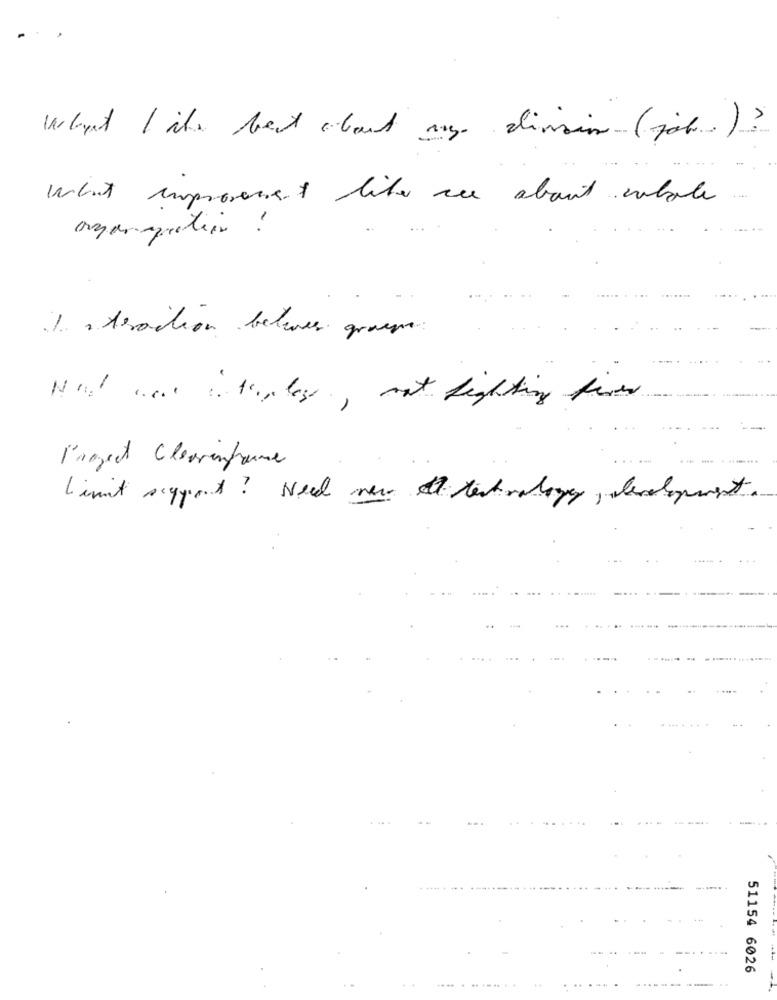
warbut I its best about any division ( job . ) ?
What improvement like are about cabole
amanquation :
1 . Aracion beleves groupe
Nord west in theplass, not fighting fixes
Paget Clearinfame
Limit segment? Need new technology, development
. .... .. .
51154 6026